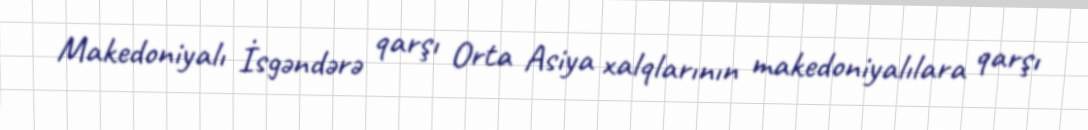
Makedoniyalı İsgəndərə qarşı Orta Asiya xalqlarının makedoniyalılara qarşı